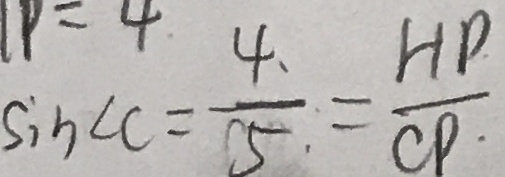
\sin \angle C = \frac { 4 } { 1 5 } = \frac { H D } { C P }